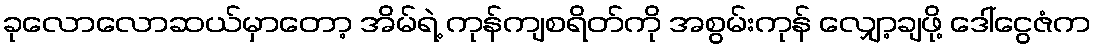
ခုလောလောဆယ်မှာတော့ အိမ်ရဲ့ ကုန်ကျစရိတ်ကို အစွမ်းကုန် လျှော့ချဖို့ ဒေါ်ငွေဇံက